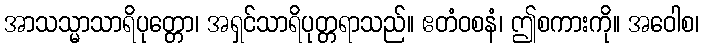
အာသသ္မာသာရိပုတ္တော၊ အရှင်သာရိပုတ္တရာသည်။ ဧတံဝစနံ၊ ဤစကားကို။ အဝေါစ၊